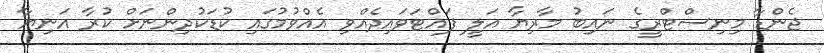
ޖެންޑާ މިނިސްޓްރީގެ ނައިބު މާރިޔާ އަލީ ފައްޓަވައިދެއްވި އެއްވުމުގައި ކުޑަކުދިންނަށް ކުރާ އަނިޔާ